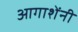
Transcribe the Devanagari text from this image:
आगाशेंनी